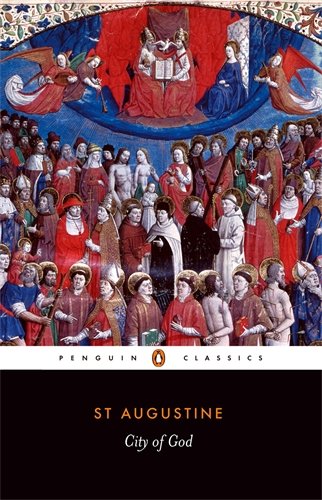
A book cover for City of God (Penguin Classics); Augustine of Hippo; Literature & Fiction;